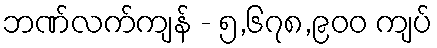
ဘဏ်လက်ကျန် - ၅,၆၇၈,၉၀၀ ကျပ်